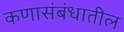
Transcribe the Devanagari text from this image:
कणासंबंधातील